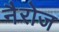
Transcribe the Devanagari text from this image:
नैरोज